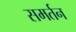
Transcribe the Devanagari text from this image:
समर्तन